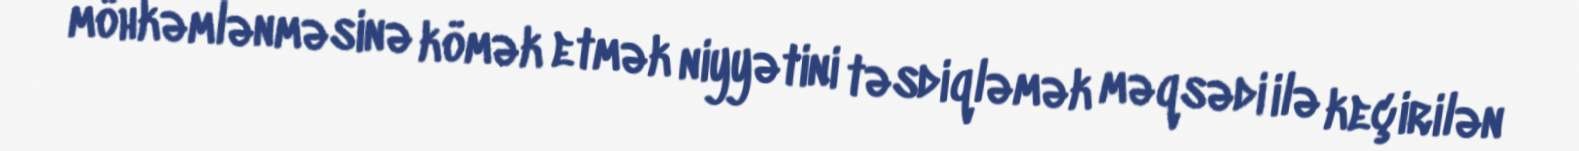
möhkəmlənməsinə kömək etmək niyyətini təsdiqləmək məqsədi ilə keçirilən